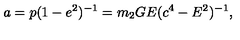
a = p ( 1 - e ^ { 2 } ) ^ { - 1 } = m _ { 2 } G E ( c ^ { 4 } - E ^ { 2 } ) ^ { - 1 } ,